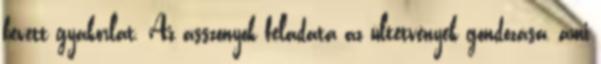
bevett gyakorlat. Az asszonyok feladata az ültetvények gondozása, ami